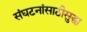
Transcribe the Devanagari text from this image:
संघटनांसाठीसुद्धा